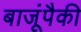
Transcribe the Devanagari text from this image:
बाजूंपैकी